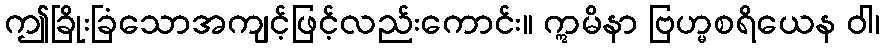
ဤခြိုးခြံသောအကျင့်ဖြင့်လည်းကောင်း။ ဣမိနာ ဗြဟ္မစရိယေန ဝါ၊